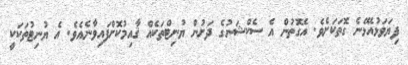
ފިޔަވަޅުއެޅޭނެ ގޮތަކަށެވެ. އެގޮތުން އެ ސެކްޝަނުގެ ދަށުން ޔުނިޓްތަކެއް ޤާއިމުކޮށްފައިވާނެއެވެ. އެ ޔުނިޓުތަކަކީ